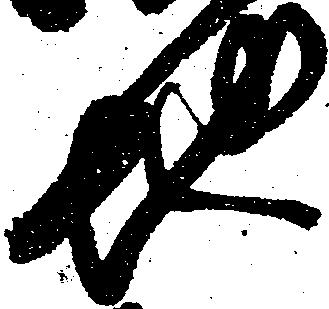
地